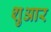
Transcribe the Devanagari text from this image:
शुआर